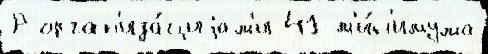
Р орган'иза́циjам'и 41 м'и́н'имума